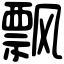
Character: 飘